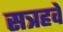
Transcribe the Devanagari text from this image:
सत्रहवे